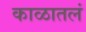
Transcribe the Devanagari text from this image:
काळातलं